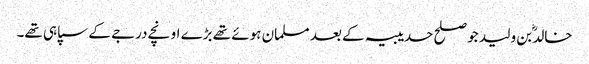
خالدؓ بن ولید جو صلح حدیبیہ کے بعد مسلمان ہوئے تھے بڑے اونچے درجے کے سپاہی تھے۔